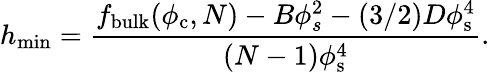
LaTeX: h_{\mathrm{min}}=\frac{f_{\mathrm{bulk}}(\phi_{\mathrm{c}},N)-B\phi_{s}^{2}-(3/2)D\phi_{\mathrm{s}}^{4}}{(N-1)\phi_{\mathrm{s}}^{4}}.